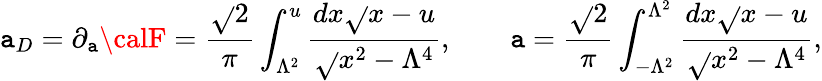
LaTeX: \mathtt{a}_{D}=\partial_{\mathtt{a}}{\calF}={\frac{{\sqrt{}{2}}}{{\pi}}}\int_{\Lambda^{2}}^{u}{\frac{{dx\sqrt{}{{x-u}}}}{{\sqrt{}{{x^{2}-{\Lambda^{4}}}}}}},\qquad\mathtt{a}={\frac{{\sqrt{}{2}}}{{\pi}}}\int_{-{\Lambda^{2}}}^{\Lambda^{2}}{\frac{{dx\sqrt{}{{x-u}}}}{{\sqrt{}{{x^{2}-{\Lambda^{4}}}}}}},